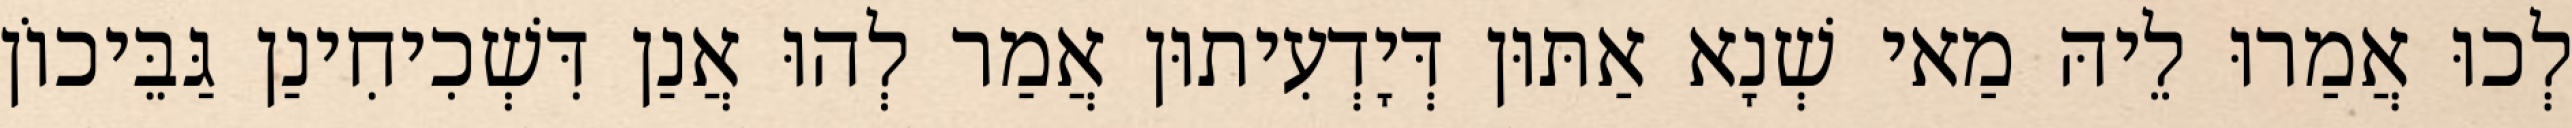
לְכוּ אֲמַרוּ לֵיהּ מַאי שְׁנָא אַתּוּן דְּיָדְעִיתוּן אֲמַר לְהוּ אֲנַן דִּשְׁכִיחִינַן גַּבֵּיכוֹן